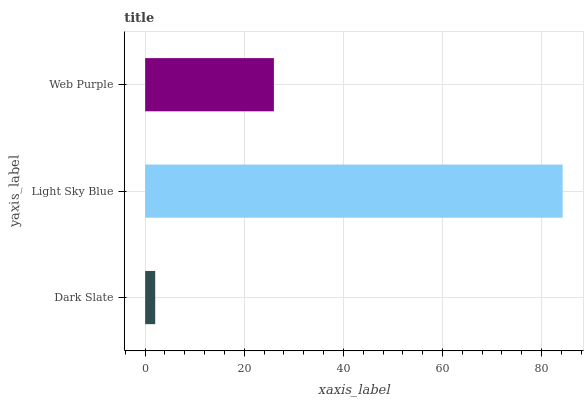
| yaxis_label | bars |
 | --- | --- |
 | Dark Slate | 2.03 |
 | Light Sky Blue | 84.2 |
 | Web Purple | 26 |